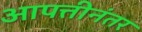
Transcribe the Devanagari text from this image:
आपत्तीनंतर